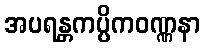
အပရန္တကပ္ပိကဝဏ္ဏနာ